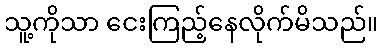
သူ့ကိုသာ ငေးကြည့်နေလိုက်မိသည်။